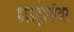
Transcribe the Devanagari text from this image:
हाइड्रोपॉवर